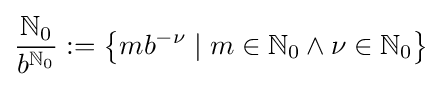
{\frac {\mathbb {N} _{0}}{b^{\mathbb {N} _{0}}}}:=\left\{mb^{-\nu }\mid m\in \mathbb {N} _{0}\wedge \nu \in \mathbb {N} _{0}\right\}